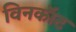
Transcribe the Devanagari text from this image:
विनकॉट